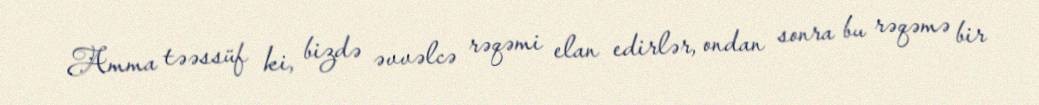
Amma təəssüf ki, bizdə əvvəlcə rəqəmi elan edirlər, ondan sonra bu rəqəmə bir